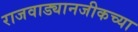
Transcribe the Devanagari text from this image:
राजवाड्यानजीकच्या